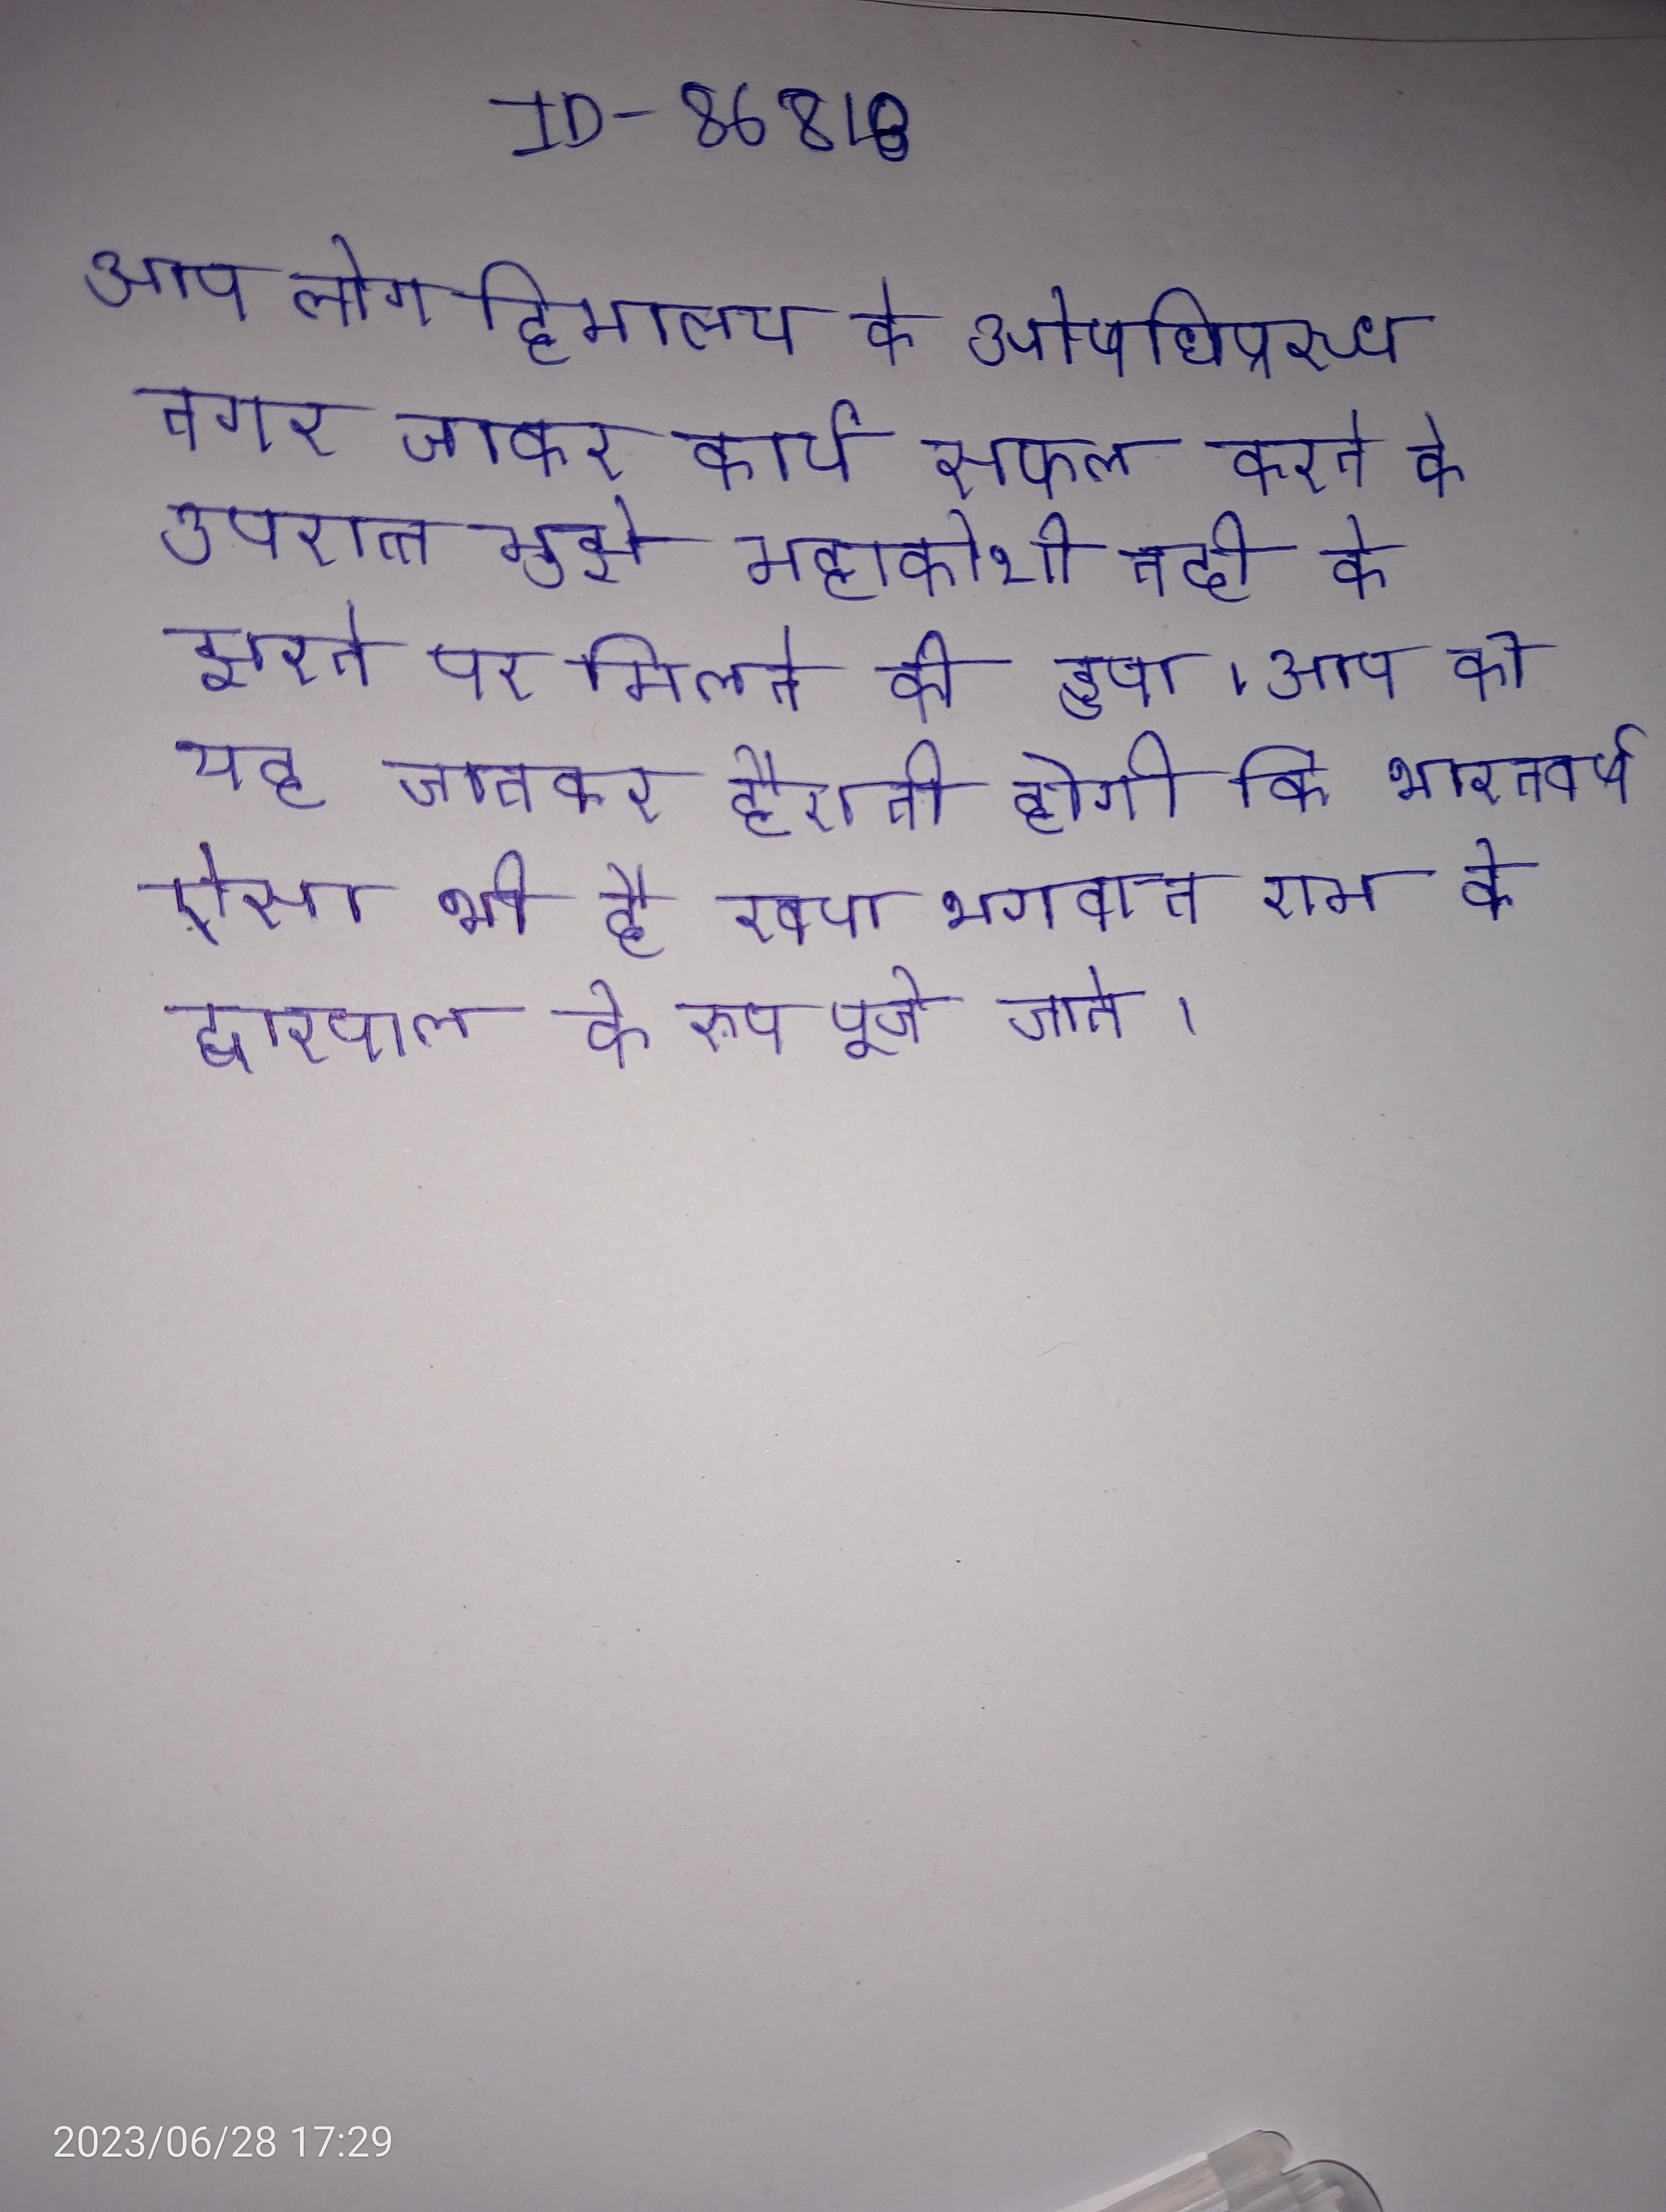
आप लोग हिमालय के ओषधिप्रस्थ नगर जाकर कार्य सफल करने के उपरान्त मुझे महाकोशी नदी के झरने पर मिलने की ड्डपा । आप को यह जानकर हैरानी होगी कि भारतवर्ष एक ऐसा भी है, रावण भगवान राम के द्वारपाल के रूप पूजे जाते ।